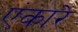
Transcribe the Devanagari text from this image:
एंकारे